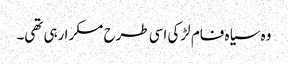
وہ سیاہ فام لڑکی اسی طرح مسکرا رہی تھی۔